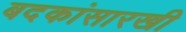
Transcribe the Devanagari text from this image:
बदकांसारखी